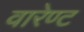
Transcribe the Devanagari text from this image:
वारेण्ट